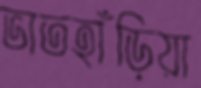
ভাতহাঁড়িয়া